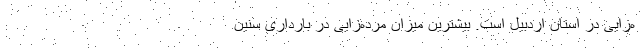
ه‌زایی در استان اردبیل است. بیشترین میزان مرده‌زایی در بارداری سنین